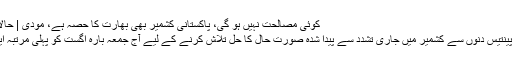
کوئی مصالحت نہیں ہو گی، پاکستانی کشمیر بھی بھارت کا حصہ ہے، مودی | حالات حاضرہ | DW | 12.08.2016
وزیر اعظم نریندر مودی نے گزشتہ پینتیس دنوں سے کشمیر میں جاری تشدد سے پیدا شدہ صورت حال کا حل تلاش کرنے کے لیے آج جمعہ بارہ اگست کو پہلی مرتبہ ایک کل جماعتی میٹنگ طلب کی تھی۔